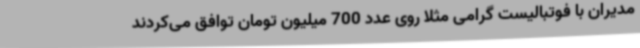
مدیران با فوتبالیست گرامی مثلا روی عدد 700 میلیون تومان توافق می‌کردند